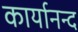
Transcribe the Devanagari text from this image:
कार्यानन्द